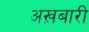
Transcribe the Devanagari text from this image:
अख़बारी